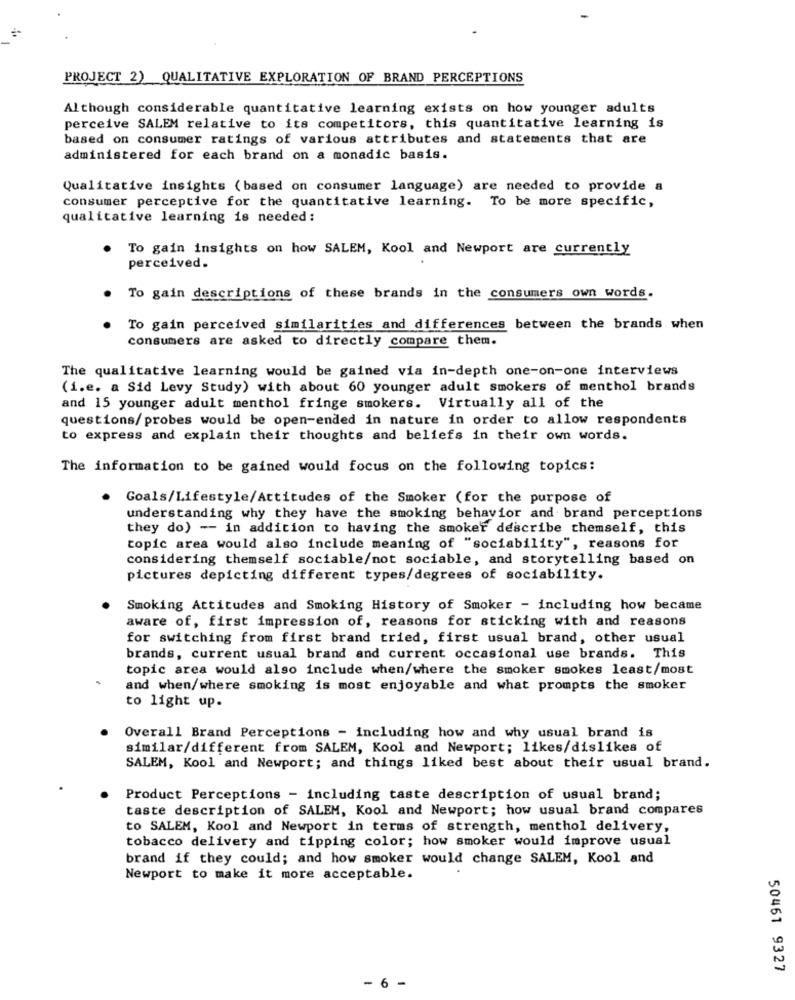
PROJECT 2) QUALITATIVE EXPLORATION OF BRAND PERCEPTIONS
Although considerable quantitative learning exists on how younger adults
perceive SALEM relative to its competitors, this quantitative learning is
based on consumer ratings of various attributes and statements that are
administered for each brand on a monadic basis.
Qualitative insights (based on consumer language) are needed to provide a
consumer perceptive for the quantitative learning. To be more specific,
qualitative learning is needed:
To gain insights on how SALEM, Kool and Newport are currently
perceived.
To gain descriptions of these brands in the consumers own words.
To gain perceived similarities and differences between the brands when
consumers are asked to directly compare them.
The qualitative learning would be gained via in-depth one-on-one interviews
(i.e. a Sid Levy Study) with about 60 younger adult smokers of menthol brands
and 15 younger adult menthol fringe smokers. Virtually all of the
questions/ probes would be open-ended in nature in order to allow respondents
to express and explain their thoughts and beliefs in their own words.
The information to be gained would focus on the following topics:
Goals/Lifestyle/Attitudes of the Smoker (for the purpose of
understanding why they have the smoking behavior and brand perceptions
they do) -- in addition to having the smoker describe themself, this
topic area would also include meaning of "sociability", reasons for
considering themself sociable/not sociable, and storytelling based on
pictures depicting different types/degrees of sociability.
Smoking Attitudes and Smoking History of Smoker - including how became
aware of, first impression of, reasons for sticking with and reasons
for switching from first brand tried, first usual brand, other usual
brands, current usual brand and current occasional use brands. This
topic area would also include when/where the smoker smokes least/most
and when/where smoking is most enjoyable and what prompts the smoker
to light up.
Overall Brand Perceptions - including how and why usual brand is
similar/different from SALEM, Kool and Newport; likes/dislikes of
SALEM, Kool and Newport; and things liked best about their usual brand.
Product Perceptions - including taste description of usual brand;
taste description of SALEM, Kool and Newport; how usual brand compares
to SALEM, Kool and Newport in terms of strength, menthol delivery,
tobacco delivery and tipping color; how smoker would improve usual
brand if they could; and how smoker would change SALEM, Kool and
Newport to make it more acceptable.
50461 9327
- 6 -